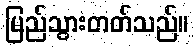
မြည်သွားတတ်သည်။